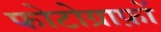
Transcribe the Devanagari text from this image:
फोटोग्राफ़ों